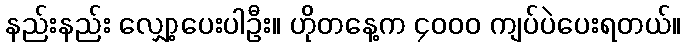
နည်းနည်း လျှော့ပေးပါဦး။ ဟိုတနေ့က ၄၀၀၀ ကျပ်ပဲပေးရတယ်။